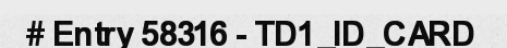
# Entry 58316 - TD1_ID_CARD